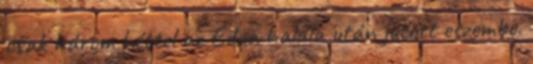
csak három héttel az Edua halála után jutott eszembe.